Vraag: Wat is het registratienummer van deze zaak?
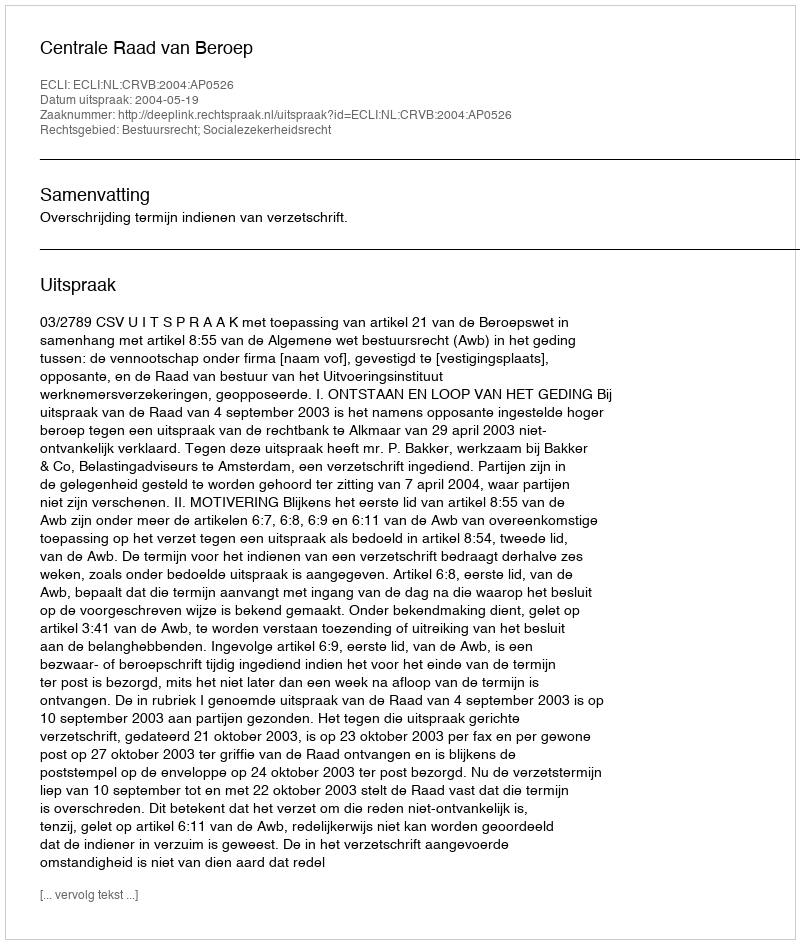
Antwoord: http://deeplink.rechtspraak.nl/uitspraak?id=ECLI:NL:CRVB:2004:AP0526